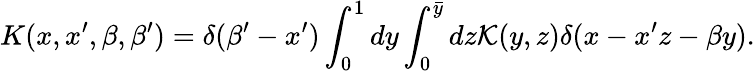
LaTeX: K(x,x^{\prime},\beta,\beta^{\prime})=\delta(\beta^{\prime}-x^{\prime})\int_{0}^{1}dy\int_{0}^{\bar{y}}dz{\cal K}(y,z)\delta(x-x^{\prime}z-\beta y).